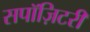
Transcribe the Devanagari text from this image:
सपॉज़िटरी